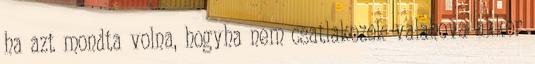
ha azt mondta volna, hogyha nem csatlakozok valahova akkor